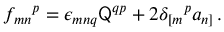
f _ { m n } { } ^ { p } = \epsilon _ { m n q } \mathsf { Q } ^ { q p } + 2 \delta _ { [ m } { } ^ { p } a _ { n ] } \, .